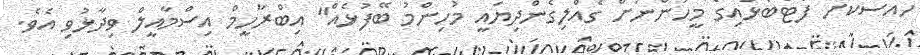
ހާއްސަކޮށް ފުޓްބޯޅައިގެ މީހުންނަށް ގެއްލިގެންދިޔައީ މުހިންމު ބޭފުޅެއް" އިބްރާހީމް އިސްމާއީލް ވިދާޅުވި އެވެ.